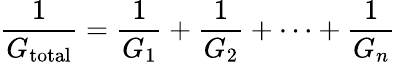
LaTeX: {\frac{1}{G_{\mathrm{total}}}}={\frac{1}{G_{1}}}+{\frac{1}{G_{2}}}+\cdots+{\frac{1}{G_{n}}}